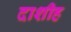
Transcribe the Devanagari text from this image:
दाशीह